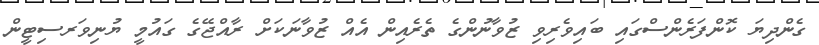
ގެންދިޔަ ކޮންފަރެންސްގައި ބައިވެރިވި ޒުވާނުންގެ ތެރެއިން އެއް ޒުވާނަކަށް ރާއްޖޭގެ ގައުމީ ޔުނިވަރސިޓީން